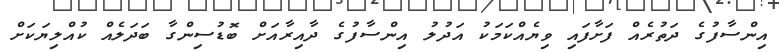
އިންސާފުގެ ދަތުރެއް ފަށާފައި ވިޔެއްކަމަކު އަދުލު އިންސާފުގެ ދާއިރާއަށް ބޮޑުސިންގާ ބަދަލެއް ކުއްލިޔަކަށް